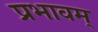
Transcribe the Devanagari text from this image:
प्रभावम्